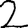
Digit: 2